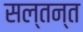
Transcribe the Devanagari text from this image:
सल्तन्त